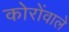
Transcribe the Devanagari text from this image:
कोरोंवाले